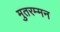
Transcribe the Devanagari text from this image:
मुतरम्मन